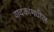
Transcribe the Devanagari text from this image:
वादकांमधील